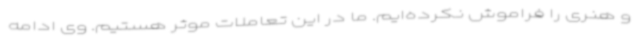
و هنری را فراموش نکرده‌ایم. ما در این تعاملات موثر هستیم. وی ادامه